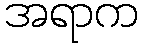
အရာက